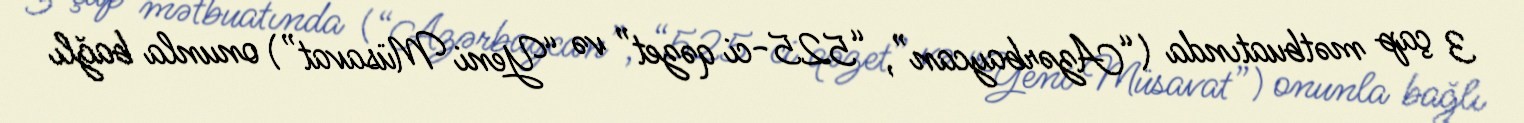
3 çap mətbuatında (“Azərbaycan”, “525-ci qəzet” və “Yeni Müsavat”) onunla bağlı